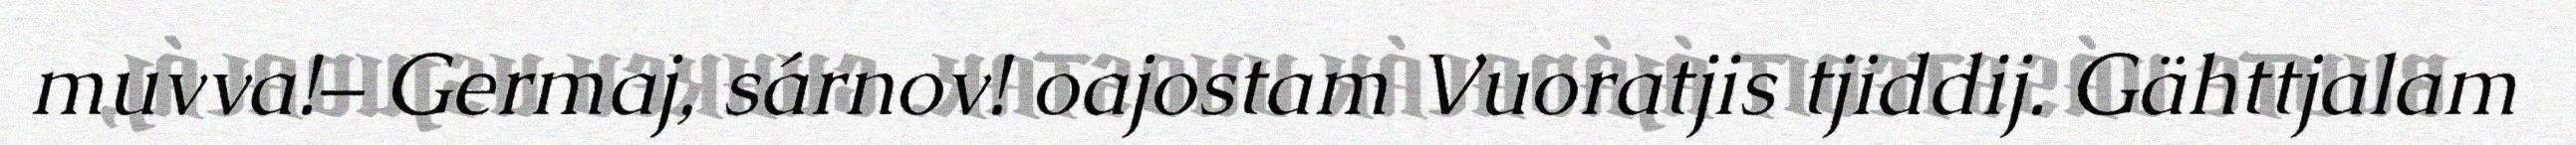
muvva!– Germaj, sárnov! oajostam Vuoratjis tjiddij. Gähttjalam